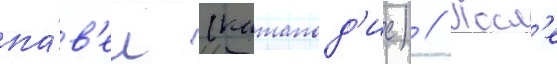
па́в'ел (катапод'ис) // Посл'е